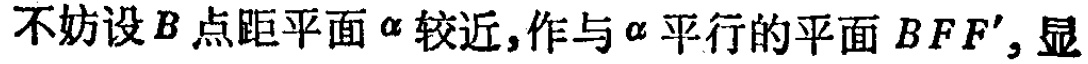
不妨设\(B\)点距平面\(\alpha\)较近, 作与\(\alpha\)平行的平面\(BFF'\), 显